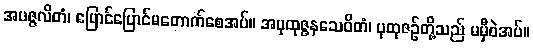
အပဇ္ဇလိတံ၊ ပြောင်ပြောင်မတောက်စေအပ်။ အပုထုဇ္ဇနသေဝိတံ၊ ပုထုဇဉ်တို့သည် မမှီဝဲအပ်။